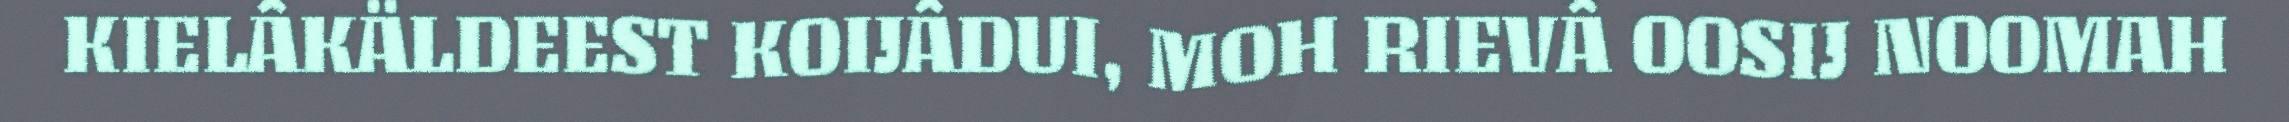
KIELÂKÄLDEEST KOIJÂDUI, MOH RIEVÂ OOSIJ NOOMAH